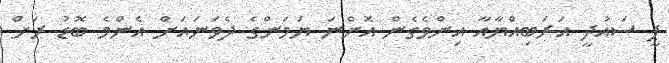
ޕީ ސައުދީ އަރަބިއްޔާއާ އިންވެގެން އޮންނަ ޔަމަންގެ ދެވަނައަށް އެންމެ ބޮޑު ރަށް